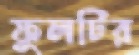
ফুলটির